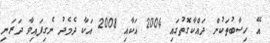
އޭ ހިސާބުތަކުން ދައްކާގޮތުގައި 2004 އަކާއި 2008 އަކާ ދެމެދު ނެގިފައިވާ ދަރަނި